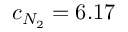
c _ { N _ { 2 } } = 6 . 1 7 \